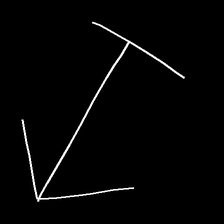
Glyph: levitation